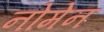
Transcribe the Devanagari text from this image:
नोमेन